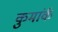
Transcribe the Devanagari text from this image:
कुमांर्क